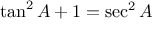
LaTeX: \tan ^ { 2 } A + 1 = \sec ^ { 2 } A